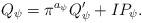
LaTeX: \begin{align*}Q_{\psi} = \pi^{a_{\psi}}Q'_{\psi} + IP_{\psi}.\end{align*}